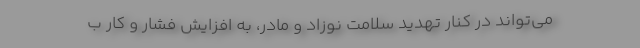
می‌تواند در کنار تهدید سلامت نوزاد و مادر، به افزایش فشار و کار ب